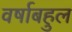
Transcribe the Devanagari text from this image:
वर्षाबहुल